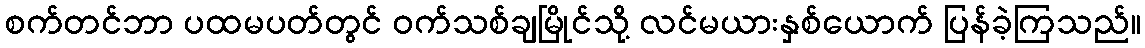
စက်တင်ဘာ ပထမပတ်တွင် ဝက်သစ်ချမြိုင်သို့ လင်မယားနှစ်ယောက် ပြန်ခဲ့ကြသည်။